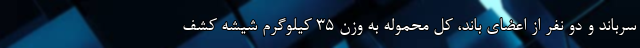
سرباند و دو نفر از اعضای باند، کل محموله به وزن ۳۵ کیلوگرم شیشه کشف